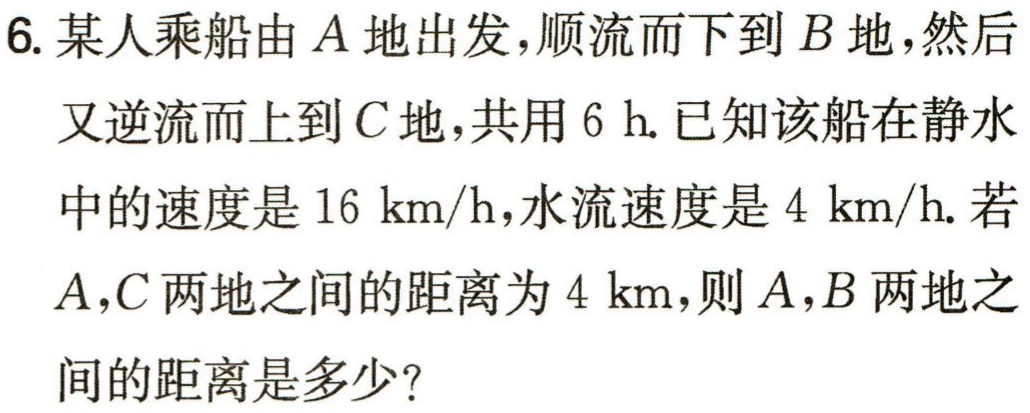
6. 某人乘船由\(A\)地出发，顺流而下到\(B\)地，然后又逆流而上到\(C\)地，共用\(6\ h\). 已知该船在静水中的速度是\(16\ km/h\)，水流速度是\(4\ km/h\). 若\(A,C\)两地之间的距离为\(4\ km\)，则\(A,B\)两地之间的距离是多少？